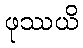
ဖုဿယိ